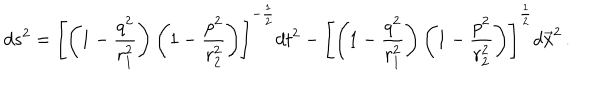
LaTeX: d s ^ { 2 } = \left[ \left( 1 - \frac { q ^ { 2 } } { r _ { 1 } ^ { 2 } } \right) \left( 1 - \frac { p ^ { 2 } } { r _ { 2 } ^ { 2 } } \right) \right] ^ { - \frac { 1 } { 2 } } d t ^ { 2 } - \left[ \left( 1 - \frac { q ^ { 2 } } { r _ { 1 } ^ { 2 } } \right) \left( 1 - \frac { p ^ { 2 } } { r _ { 2 } ^ { 2 } } \right) \right] ^ { \frac { 1 } { 2 } } d \vec { x } ^ { 2 } \, .